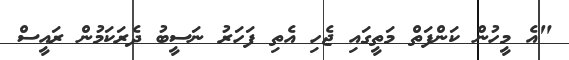
"އެ މީހުން ކަންފަތް މަތީގައި ޖެހި އެތި ފަހަރު ނަސީބު ދެރަކަމުން ރައީސް